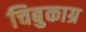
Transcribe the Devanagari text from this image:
चिबुकाग्र